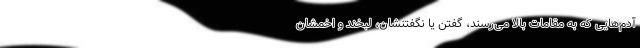
آدم‌هایی که به مقامات بالا می‌رسند، گفتن یا نگفتنشان، لبخند و اخمشان